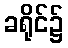
ခရိုင်၌